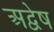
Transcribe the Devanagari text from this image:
अद्वेष